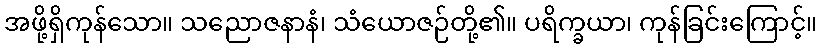
အဖို့ရှိကုန်သော။ သညောဇနာနံ၊ သံယောဇဉ်တို့၏။ ပရိက္ခယာ၊ ကုန်ခြင်းကြောင့်။